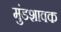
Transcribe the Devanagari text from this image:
मुंडशावक